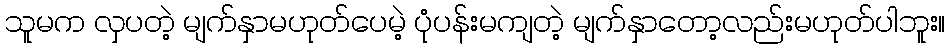
သူမက လှပတဲ့ မျက်နှာမဟုတ်ပေမဲ့ ပုံပန်းမကျတဲ့ မျက်နှာတော့လည်းမဟုတ်ပါဘူး။